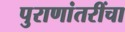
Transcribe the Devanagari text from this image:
पुराणांतरींचा